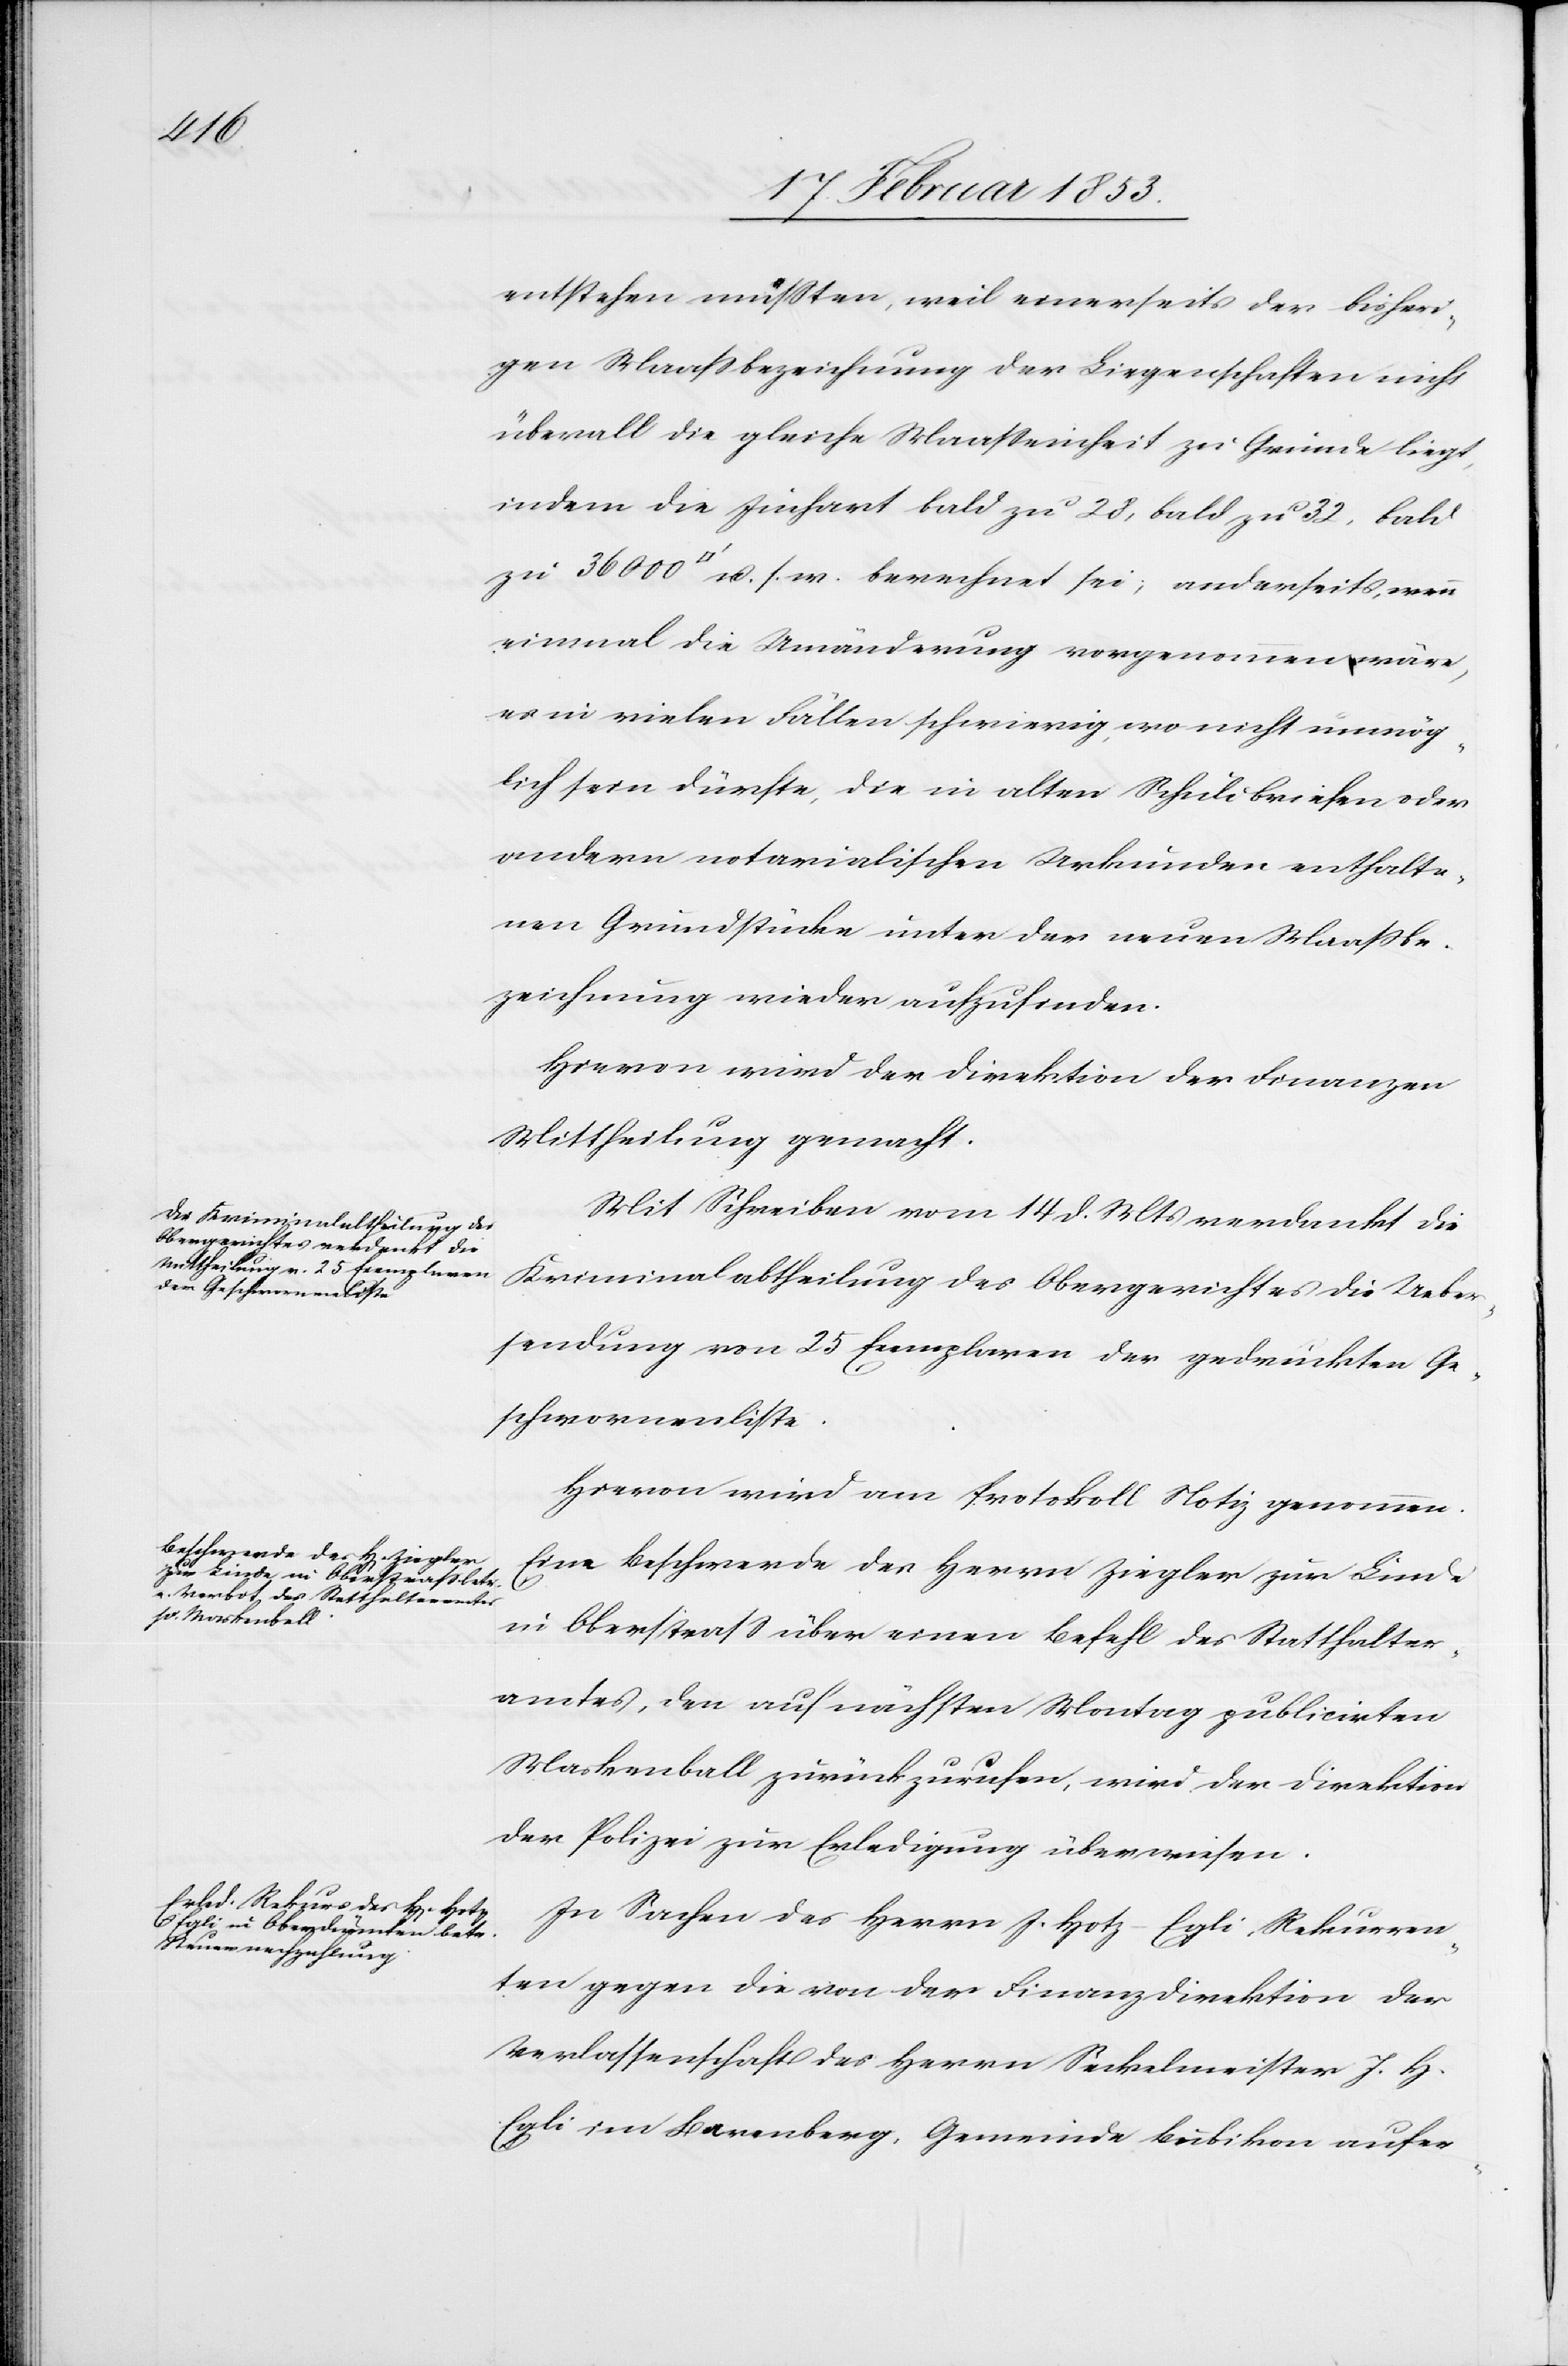
entstehen müßten, weil einerseits der bisheri¬
gen Maaßbezeichnung der Liegenschaften nicht
überall die gleiche Maaßeinheit zu Grunde liegt,
indem die Juchart bald zu 28, bald zu 32, bald
zu 36000 Quadratfuß u. s. w. berechnet sei, anderseits, wenn
einmal die Veränderung vorgenommen wäre,
es in vielen Fällen schwierig, wo nicht unmög¬
lich sein dürfte, die in alten Schuldbriefen oder
andern notarialischen Urkunden enthalte¬
nen Grundstücke unter der neuen Maaßbe¬
zeichnung wieder aufzufinden.
Hievon wird der Direktion der Finanzen
Mittheilung gemacht.
Mit Schreiben vom 14 d. Mts. verdankt die
Kriminalabtheilung des Obergerichtes die Ueber¬
sendung von 25 Exemplaren der gedruckten Ge¬
schworenenliste.
Hievon wird am Protokoll Notiz genommen.
Eine Beschwerde des Herrn Ziegler zur Linde
in Oberstraß über einen Befehl des Statthalter¬
amtes, den auf nächsten Montag publicirten
Maskenball zurückzurufen, wird der Direktion
der Polizei zur Erledigung überwiesen.
In Sachen des Herrn J. Hotz-Egli, Rekurren¬
ten gegen die von der Finanzdirektion der
Verlassenschaft des Herrn Seckelmeister J. H.
Egli im Barenberg, Gemeinde Bubikon aufer-